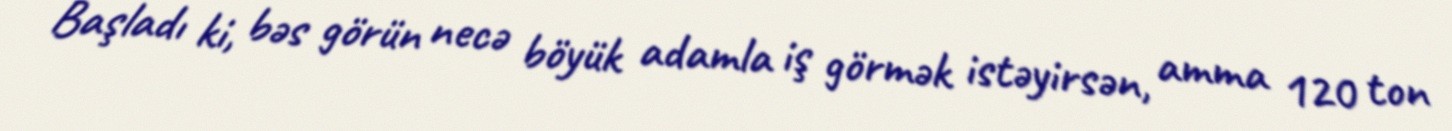
Başladı ki, bəs görün necə böyük adamla iş görmək istəyirsən, amma 120 ton